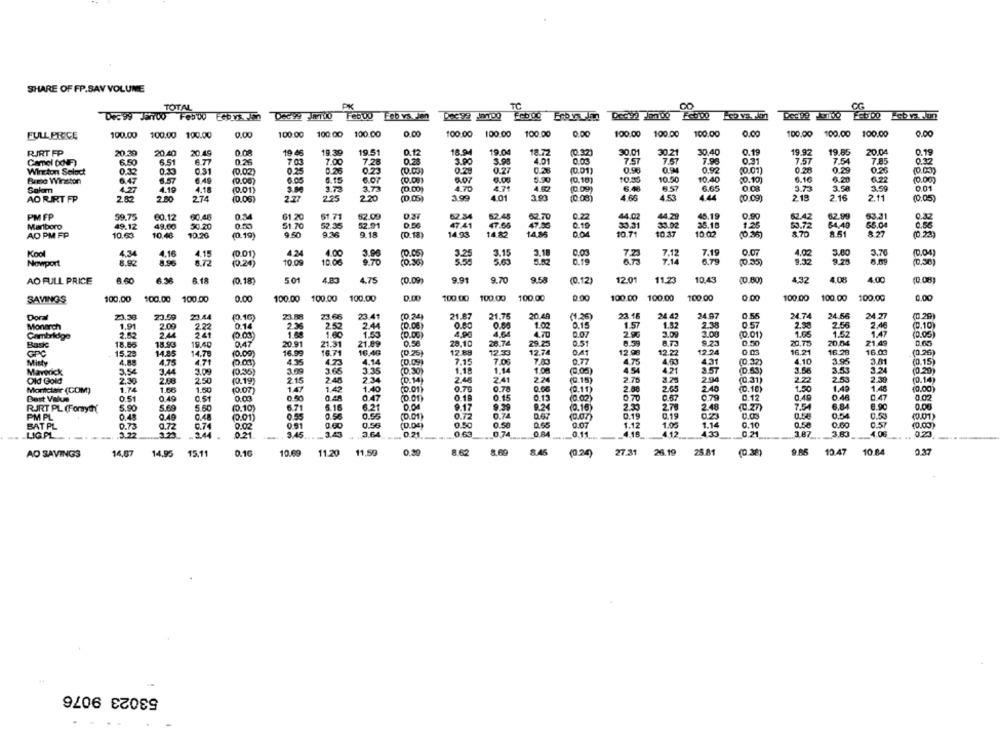
SHARE OF FP.SAY VOLUME
TOTAL
PK
TC
Feb vs.Jen
0.00
100:00
100.00
100.00
0.00
100.00
100.00
100.00
0.00
100.00 100.00
100.00
0.00
100.00
100.00
100.00
0.00
FULL PRICE
100.00 100.00 190.00
RIRT FP
20.39
20.40
20.49
19 46
19.39
19.51
0.12
18.94
19.04
18.72
(10 32)
30.01
30.21
30.40
0.19
19.92
19.85
20.04
0.19
Camel (dFF)
6.50
6.51
6.77
0.25
7.03
7.00
7.28
D.25
3.90
3.00
401
7.5
7.57
7.96
7.57
7.54
7.85
0.32
Winston Select
0.32
0.33
0.31
(0.02)
0.25
0.25
0.23
0.29
0.27
0.2
(0.01)
0.98
0.92
(0.01)
0.28
0.29
0.2
10.05)
6.57
6.40
(0.00)
6 05
6.15
6.07
6.07
6.08
5.20
(0.10)
10.35
10.50
10.40
6.16
0.20
6.22
(0.00)
Barbe Winston
6.47
(0.10)
Solom
4.27
4.19
4.18
(0.01)
173
3.73
(0.00
4.70
4.71
4.52
(0.09)
6.48
6.57
6.65
0.08
3.73
3.50
3.59
0.01
AO RIRT FP
2.82
2.80
274
(0.06)
2.77
225
2.20
(0.05)
3.99
401
3.93
(10:08)
4.66
4.53
4.44
(0.09)
2.18
2.16
2.11
(0.05)
PM FP
59.75
60.12
0.34
61 20
51.71
52.09
52.45
0.22
44.02
44.29
45.19
0.90
52.42
62.99
63.31
0.37
80.48
62.34
62.70
Marlboro
49.12
49.00
50.20
0.5%
51 70
52.35
52.91
0.50
47.41
47.60
47.06
0.19
33.31
33.02
35.18
1.25
53.72
64,40
65.04
0.56
AD PM FP
10.63
10.48
10.26
(0.19)
9.50
9.36
9.18
(D.18)
14.93
14 82
14,86
001
10.71
10.37
10 02
8.70
8.51
8.27
Kool
4.34
4.16
4.15
4,24
4.00
3.96
(0.05)
3.15
3.18
0.03
7.19
0.07
4.02
3.00
3.70
0.19
7.23
7.12
7.14
6.79
Newport
8.92
8.72
(0.24)
10 09
10.00
9.70
(0.30)
5.6
5.52
(0.35)
9.32
9.25
(0.30
AO FULL PRICE
8.40
6.36
6.18
(0.18)
50
4.83
4.75
(0.09)
9.91
9.70
9.5
(0.12)
12.01
11.23
10.43
(0.80)
432
4.08
4.00
(0.08)
0.00
100.00
0.00
100.00
100.00
0.00
SAVINGS
100.00
100.00 100.00
0.00
100.00 100.00
100.00
100.00 100.00
100.00 100.00
0.00
100.00
100.00
Doral
23,30
23.59
23.44
(.10)
23.88
23.66
23.41
(0 24)
21.87
21.75
20.49
(1.26)
23 16
24.42
24.97
0.55
24.74
24.66
24.27
( 29
Monarch
1.91
2.00
2.22
0.14
2.36
2.52
2.44
(0.08)
0.80
1.02
0.15
1.57
1.52
2.38
0.57
2.58
2.58
2.46
(D.10)
2.52
241
1.60
1.53
4.90
4.64
0.07
2.90
3.09
3.00
(0.01)
1.0.
1.52
1.47
Cambridge
(0.00)
0.58
28,10
28.74
29.25
0.51
9.23
0.50
20 MM
21.49
0.65
Bask
18.66
18.93
19.40
0.41
20.91
21.31
21.89
20.75
GPC
15.23
14.85
14.75
(0.09)
16.99
16.71
16.46
(0.25)
12.88
1233
12.74
0.41
12 90
12.22
12.24
0.03
16.21
16.20
16.03
.(0.26]
Misty
4.88
4.75
(0.00)
4.35
4.7
4.14
(0.09)
7.15
7.06
7.8
0.77
4.75
4,03
4.31
(0.32)
4.10
3.95
3.81
(0.15)
Maverick
3.54
3.4
3.09
(0.35)
3.09
3.65
3.35
(0.30)
1.18
1.14
1.08
4.54
4.21
3.57
(0.53)
3.56
3.43
3.24
(0.20)
Old Gold
2.50
215
7.48
2 34
(D.14)
2.48
2.41
2.24
(0.15)
2.75
3.25
2.94
(0.31)
2.22
2.53
2.39
(0.14)
2.30
(0.19)
Montclair (COM)
1.74
1.66
1.50
(0.07)
147
1.42
1.40
(0.01)
0.70
0.7
0.66
(0.11)
2.68
265
2.48
(0.16)
1.50
1.49
1.48
(0.00)
Best Value
0.51
0.45
C.ST
0.50
0.48
0.47
0.19
0.15
0.13
0 70
0.67
0.79
0.12
0.40
0.48
0.47
RJRT PL (Forya)
5.90
5.50
(0.10)
6.71
5.16
6.21
0.0
PPPppO
9.17
9.39
9.2
(0.16)
2.33
2.78
2.48
(C.27)
7.54
6.84
8.90
0.06
PM PL
0.48
0.49
0.55
0.56
(D.O1)
0.72
0.74
(por)
0.19
0.19
0.54
(0.01)
(0.01)
0.51
0.55
(0.04)
0.50
0.58
0.55
0.07
1.12
1.05
1.14
0.50
(0.00)
BAT PL
0.73
0.72
4.33
0.10
LIG PL
.3.22
.3.44
0.21.
9.45
3.43
3.64
0.21
0.63
0.74
0.11
4.15
4.12
0 21
1.87
3.83
4.00
0.20
16,67
15.11
0.16
10.69
11.20
11,59
0.20
8.62
8.69
8.45
27.31
26.19
25 81
(0.38)
9.85
10.47
10 84
0.37
AO SAVINGS
14,95
(0.24)
53023 9076